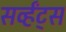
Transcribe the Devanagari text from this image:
सर्व्हंट्स